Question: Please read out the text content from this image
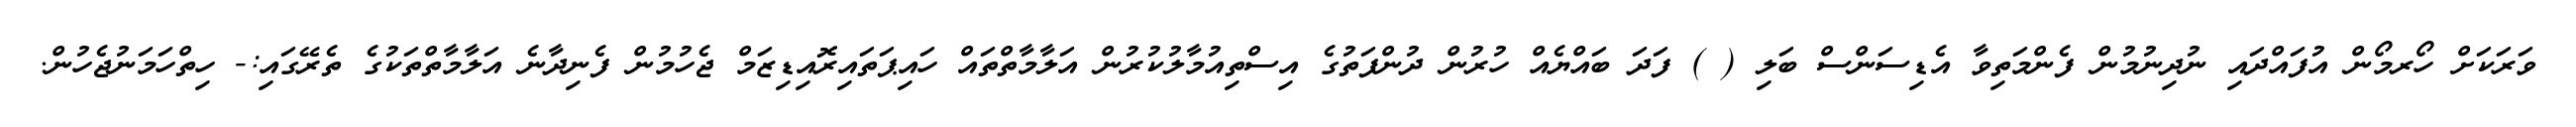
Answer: ވަރަކަށް ހޯރމޯން އުފައްދައި ނުދިނުމުން ފެންމަތިވާ އެޑިސަންސް ބަލި ( ) ފަދަ ބައްޔެއް ހުރުން ދުންފަތުގެ އިސްތިއުމާލުކުރުން އަލާމާތްތައް ހައިޕަތައިރޮއިޑިޒަމް ޖެހުމުން ފެނިދާނެ އަލާމާތްތަކުގެ ތެރޭގައި:- ހިތްހަމަނުޖެހުން.